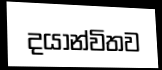
දයාන්විතව